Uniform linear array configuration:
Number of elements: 64
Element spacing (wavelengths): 1
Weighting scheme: kaiser
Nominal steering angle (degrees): -15
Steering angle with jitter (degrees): -15.176
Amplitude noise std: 0.05
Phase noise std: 0.05

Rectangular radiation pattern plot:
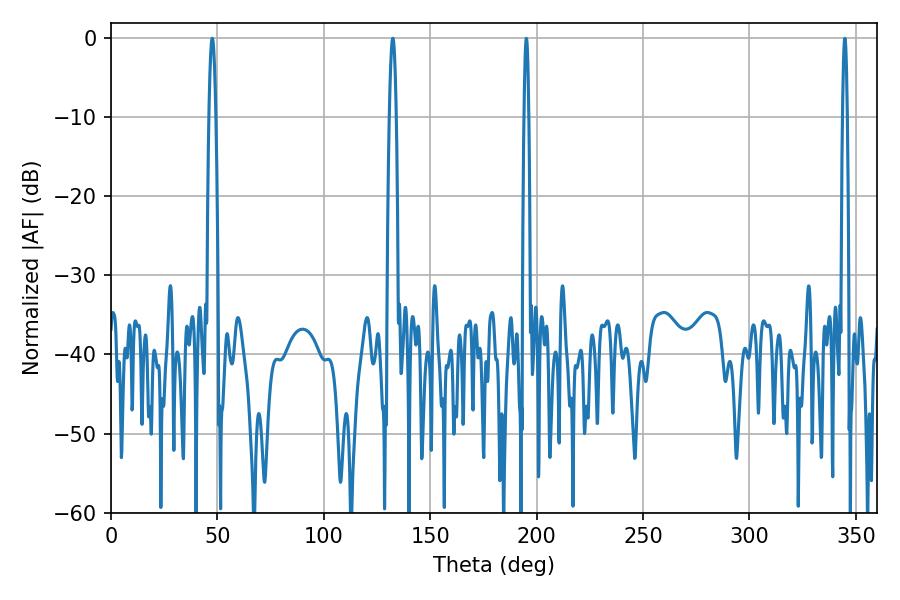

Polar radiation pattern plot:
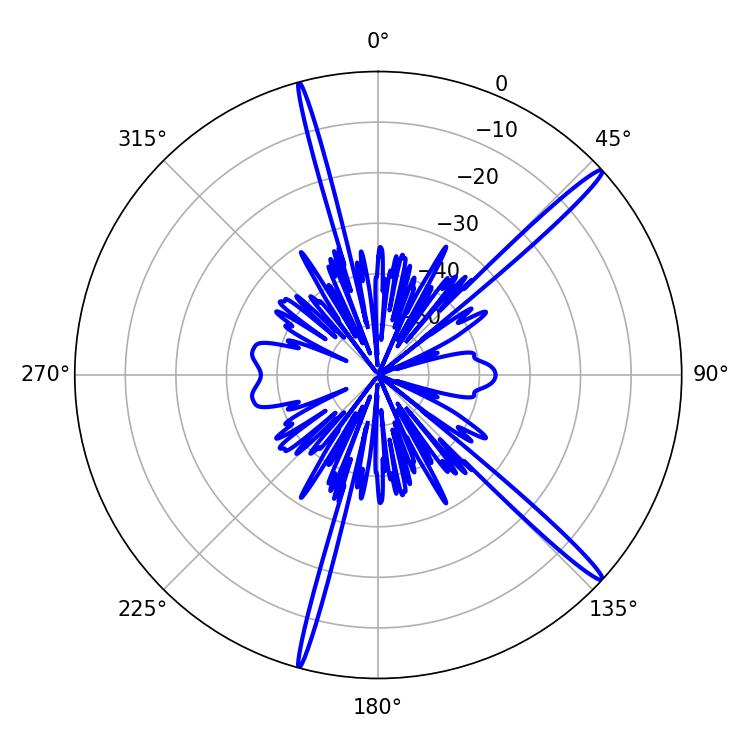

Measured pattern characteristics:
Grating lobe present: TRUE
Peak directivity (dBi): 17.186
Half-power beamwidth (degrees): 1.62
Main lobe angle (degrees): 47.52